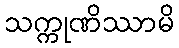
သက္ကုဏိဿာမိ